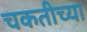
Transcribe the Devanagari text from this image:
चकतीच्या